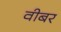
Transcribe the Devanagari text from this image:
वीबर